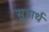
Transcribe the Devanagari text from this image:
सूत्रार्थ